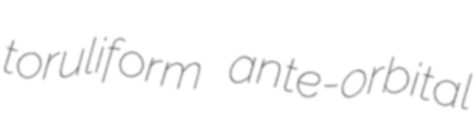
toruliform ante-orbital